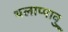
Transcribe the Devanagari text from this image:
थलाप्पावु